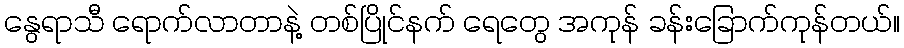
နွေရာသီ ရောက်လာတာနဲ့ တစ်ပြိုင်နက် ရေတွေ အကုန် ခန်းခြောက်ကုန်တယ်။